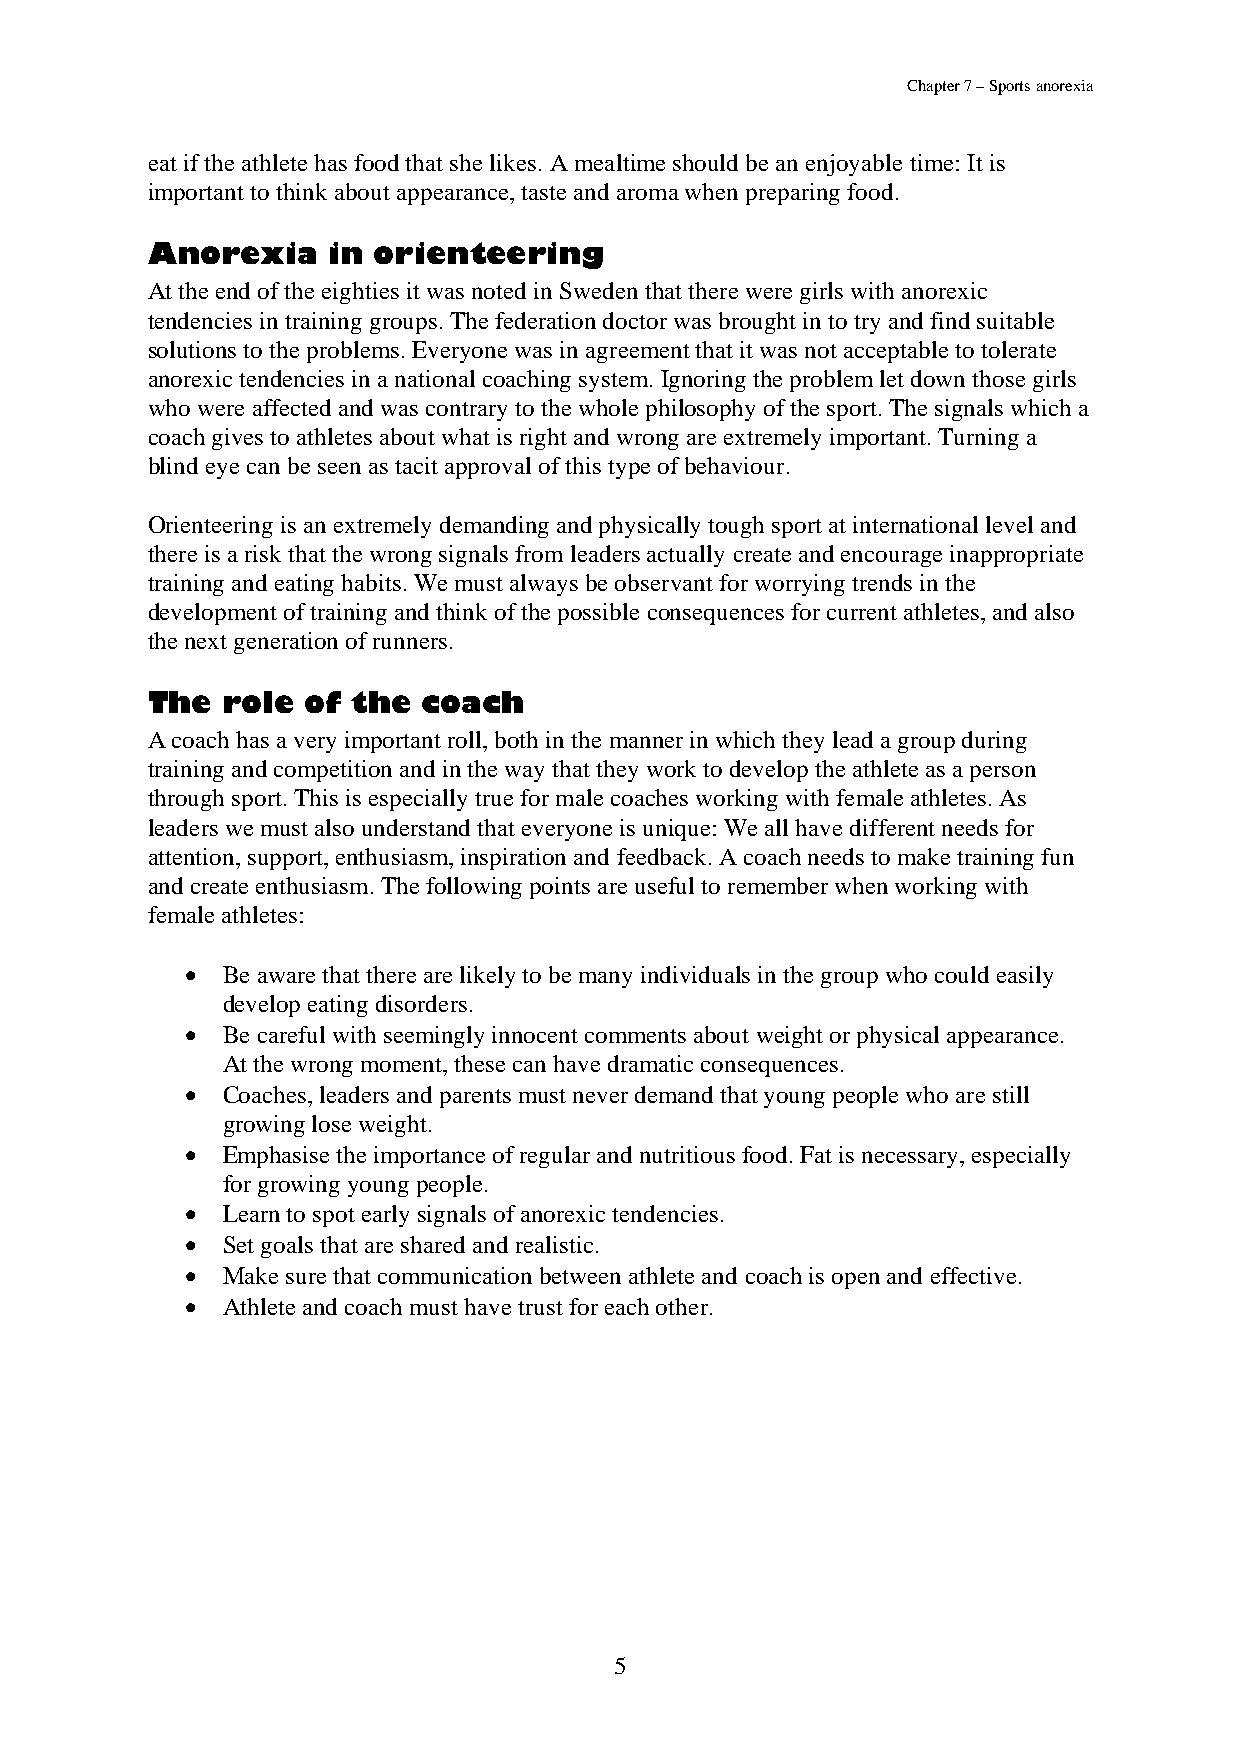
Chapter 7 – Sports anorexia
 eat if the athlete has food that she likes. A mealtime should be an enjoyable time: It is
 important to think about appearance, taste and aroma when preparing food.
 Anorexia    in orienteering
 At the end of the eighties it was noted in Sweden that there were girls with anorexic
 tendencies in training groups. The federation doctor was brought in to try and find suitable
 solutions to the problems. Everyone was in agreement that it was not acceptable to tolerate
 anorexic tendencies in a national coaching system. Ignoring the problem let down those girls
 who were affected and was contrary to the whole philosophy of the sport. The signals which a
 coach gives to athletes about what is right and wrong are extremely important. Turning a
 blind eye can be seen as tacit approval of this type of behaviour.
 Orienteering is an extremely demanding and physically tough sport at international level and
 there is a risk that the wrong signals from leaders actually create and encourage inappropriate
 training and eating habits. We must always be observant for worrying trends in the
 development of training and think of the possible consequences for current athletes, and also
 the next generation of runners.
 The  role of the  coach
 A coach has a very important roll, both in the manner in which they lead a group during
 training and competition and in the way that they work to develop the athlete as a person
 through sport. This is especially true for male coaches working with female athletes. As
 leaders we must also understand that everyone is unique: We all have different needs for
 attention, support, enthusiasm, inspiration and feedback. A coach needs to make training fun
 and create enthusiasm. The following points are useful to remember when working with
 female athletes:
 •  Be aware that there are likely to be many individuals in the group who could easily
 develop eating disorders.
 •  Be careful with seemingly innocent comments about weight or physical appearance.
 At the wrong moment, these can have dramatic consequences.
 •  Coaches, leaders and parents must never demand that young people who are still
 growing lose weight.
 •  Emphasise the importance of regular and nutritious food. Fat is necessary, especially
 for growing young people.
 •  Learn to spot early signals of anorexic tendencies.
 •  Set goals that are shared and realistic.
 •  Make sure that communication between athlete and coach is open and effective.
 •  Athlete and coach must have trust for each other.
 5